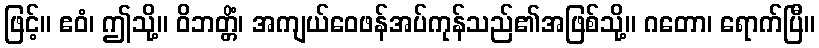
ဖြင့်။ ဧဝံ၊ ဤသို့။ ဝိဘတ္တိံ၊ အကျယ်ဝေဖန်အပ်ကုန်သည်၏အဖြစ်သို့။ ဂတော၊ ရောက်ပြီ။